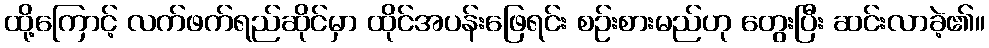
ထို့ကြောင့် လက်ဖက်ရည်ဆိုင်မှာ ထိုင်အပန်းဖြေရင်း စဉ်းစားမည်ဟု တွေးပြီး ဆင်းလာခဲ့၏။